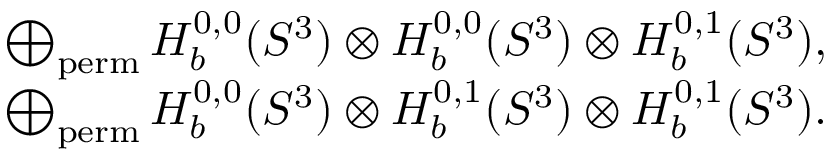
\begin{array} { r l } & { \bigoplus _ { \mathrm { p e r m } } H _ { b } ^ { 0 , 0 } ( S ^ { 3 } ) \otimes H _ { b } ^ { 0 , 0 } ( S ^ { 3 } ) \otimes H _ { b } ^ { 0 , 1 } ( S ^ { 3 } ) , } \\ & { \bigoplus _ { \mathrm { p e r m } } H _ { b } ^ { 0 , 0 } ( S ^ { 3 } ) \otimes H _ { b } ^ { 0 , 1 } ( S ^ { 3 } ) \otimes H _ { b } ^ { 0 , 1 } ( S ^ { 3 } ) . } \end{array}